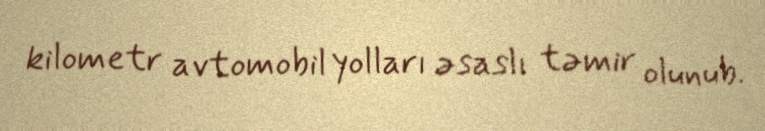
kilometr avtomobil yolları əsaslı təmir olunub.